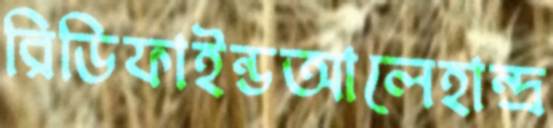
রিডিফাইন্ডআলেহান্দ্র